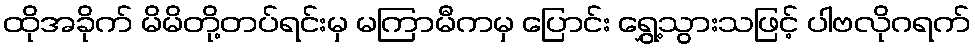
ထိုအခိုက် မိမိတို့တပ်ရင်းမှ မကြာမီကမှ ပြောင်း ရွှေ့သွားသဖြင့် ပါဗလိုဂရက်